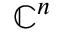
\mathbb { C } ^ { n }